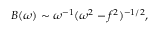
B ( \omega ) \sim \omega ^ { - 1 } ( \omega ^ { 2 } - f ^ { 2 } ) ^ { - 1 / 2 } ,